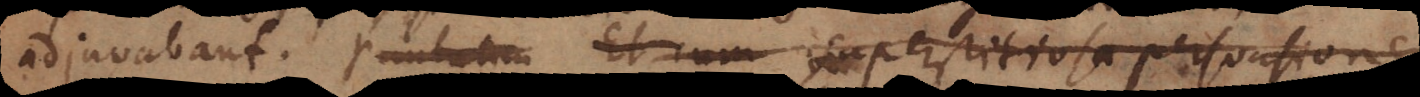
adjuvabant. Paulatim Et cum superstitiosa persuasione